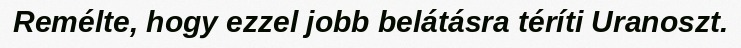
Remélte, hogy ezzel jobb belátásra téríti Uranoszt.